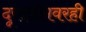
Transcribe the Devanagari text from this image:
दूरदर्शनवरही